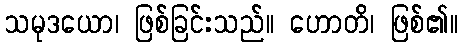
သမုဒယော၊ ဖြစ်ခြင်းသည်။ ဟောတိ၊ ဖြစ်၏။